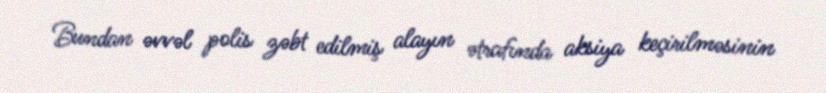
Bundan əvvəl polis zəbt edilmiş alayın ətrafında aksiya keçirilməsinin